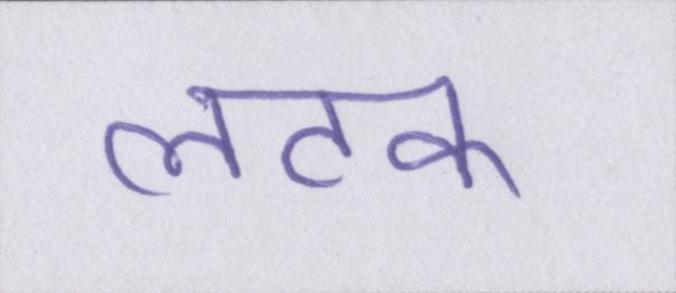
लटक